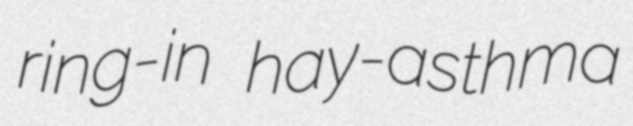
ring-in hay-asthma